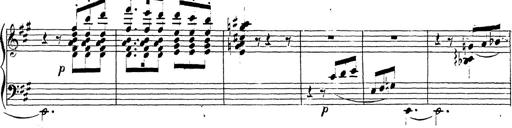
Title: Chanson bohÃ©mienne
Composer: Franz Liszt